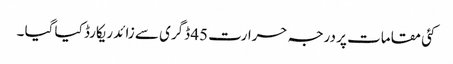
کئی مقامات پر درجہ حرارت 45 ڈگری سے زائد ریکارڈ کیا گیا ۔